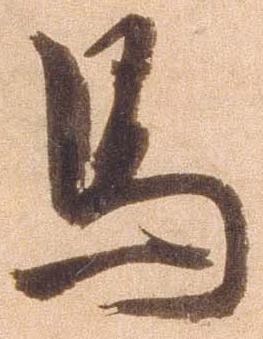
馬